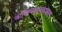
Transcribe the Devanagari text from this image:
वर्तमानकालवाचक